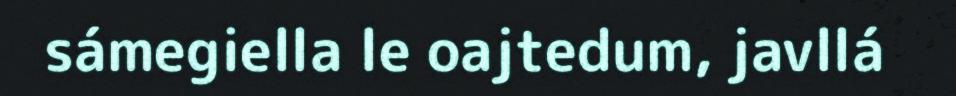
sámegiella le oajtedum, javllá